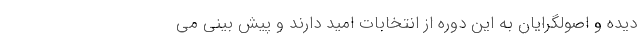
دیده و اصولگرایان به این دوره از انتخابات امید دارند و پیش بینی می